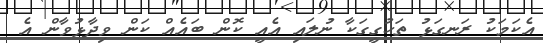
އެކަމަކު ރަނގަޅު ތަހުގީގަކާ ނުލައި އެއީ ކޮން ބައެއް ކަން ވިދާޅުވާން އެ